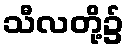
သီလတို့၌